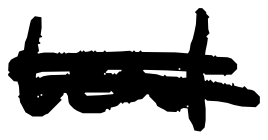
Text: teal
Cross-out: mix
Writing tool: digital_black